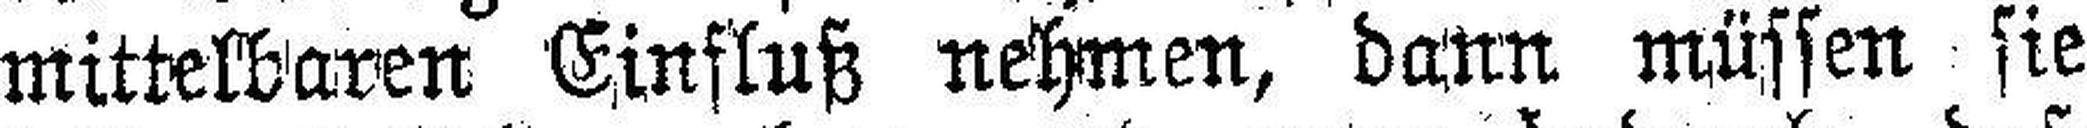
mittelbaren Einfluß nehmen, dann müssen sie